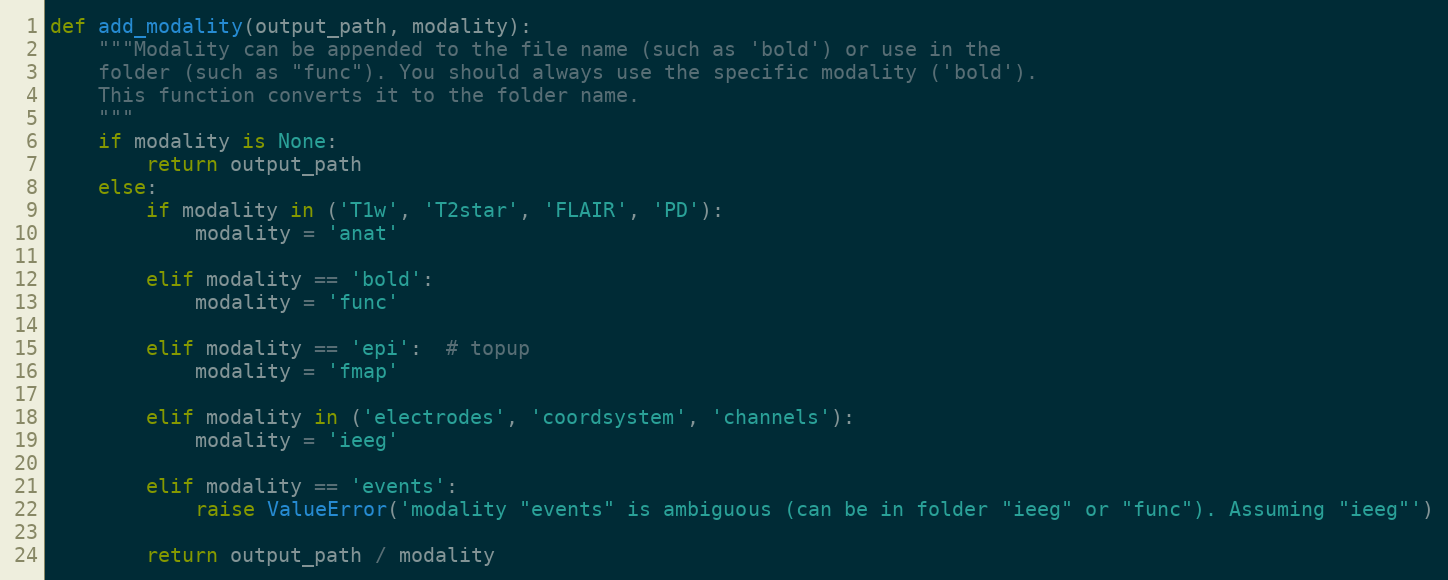
Language: Python
def add_modality(output_path, modality):
    """Modality can be appended to the file name (such as 'bold') or use in the
    folder (such as "func"). You should always use the specific modality ('bold').
    This function converts it to the folder name.
    """
    if modality is None:
        return output_path
    else:
        if modality in ('T1w', 'T2star', 'FLAIR', 'PD'):
            modality = 'anat'

        elif modality == 'bold':
            modality = 'func'

        elif modality == 'epi':  # topup
            modality = 'fmap'

        elif modality in ('electrodes', 'coordsystem', 'channels'):
            modality = 'ieeg'

        elif modality == 'events':
            raise ValueError('modality "events" is ambiguous (can be in folder "ieeg" or "func"). Assuming "ieeg"')

        return output_path / modality